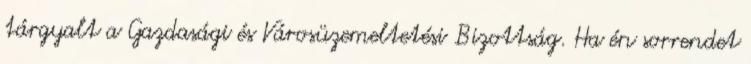
tárgyalt a Gazdasági és Városüzemeltetési Bizottság. Ha én sorrendet